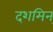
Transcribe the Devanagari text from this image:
दशमिन्‌